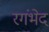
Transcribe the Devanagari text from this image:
रगंभेद